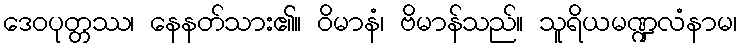
ဒေဝပုတ္တဿ၊ နေနတ်သား၏။ ဝိမာနံ၊ ဗိမာန်သည်။ သူရိယမဏ္ဍလံနာမ၊